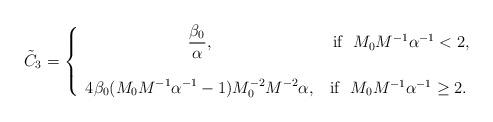
LaTeX: \begin{align*}\tilde C_3=\left\{\begin{array}{cc}\displaystyle{\frac{\beta_0}{\alpha}}, & \mbox{ if } \,\,M_0M^{-1}\alpha^{-1}< 2, \\\\\displaystyle{ 4\beta_0(M_0M^{-1}\alpha^{-1}-1)M_0^{-2}M^{-2}\alpha}, &\mbox{if }\,\,M_0M^{-1}\alpha^{-1}\geq 2.\end{array}\right.\end{align*}